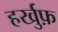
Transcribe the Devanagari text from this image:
हर्खुफ़